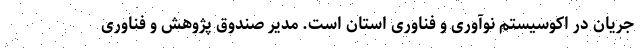
جریان در اکوسیستم نوآوری و فناوری استان است. مدیر صندوق پژوهش و فناوری